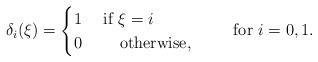
LaTeX: \begin{align*}\delta_i(\xi) = \begin{cases}1&\mbox{ if }\xi = i\\0&\quad\mbox{ otherwise,}\end{cases}\qquad\mbox{ for }i=0,1.\end{align*}